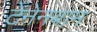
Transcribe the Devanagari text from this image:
टेनेनबाम